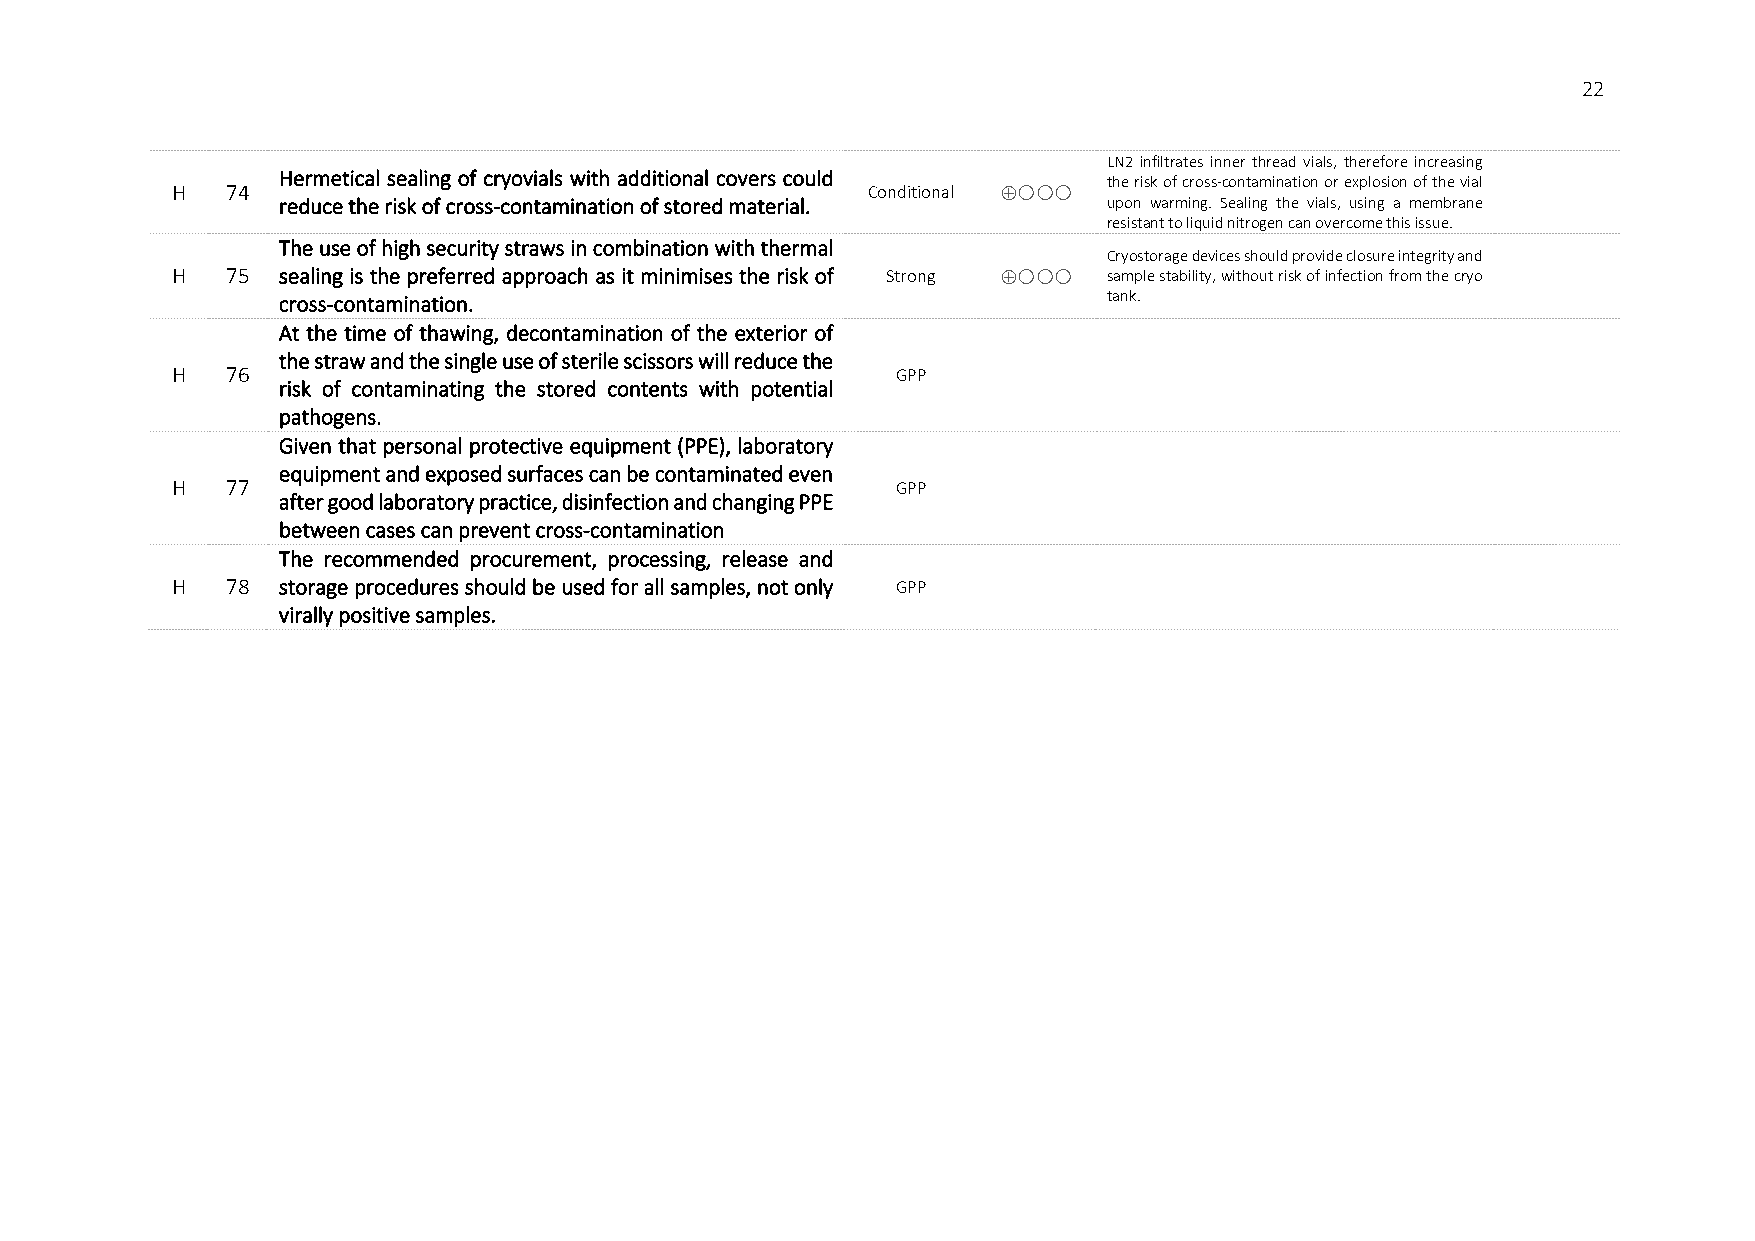
22
 LN2 infiltrates inner thread vials, therefore increasing
 Hermetical sealing of cryovials with additional covers could
 the risk of cross-contamination or explosion of the vial
 H   74                                        Conditional ⊕
 reduce the risk of cross-contamination of stored material. upon warming. Sealing the vials, using a membrane
 resistant to liquid nitrogen can overcome this issue.
 The use of high security straws in combination with thermal
 Cryostorage devices should provide closure integrity and
 H   75 sealing is the preferred approach as it minimises the risk of Strong ⊕ sample stability, without risk of infection from the cryo
 cross-contamination.                                   tank.
 At the time of thawing, decontamination of the exterior of
 the straw and the single use of sterile scissors will reduce the
 H   76                                          GPP
 risk of contaminating the stored contents with potential
 pathogens.
 Given that personal protective equipment (PPE), laboratory
 equipment and exposed surfaces can be contaminated even
 H   77                                          GPP
 after good laboratory practice, disinfection and changing PPE
 between cases can prevent cross-contamination
 The recommended procurement, processing, release and
 H   78 storage procedures should be used for all samples, not only GPP
 virally positive samples.